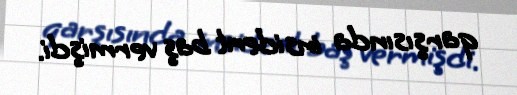
qarşısında insident baş vermişdi.